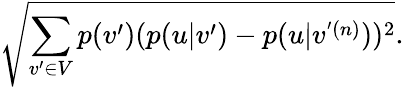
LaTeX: \sqrt{\sum_{v^{\prime}\in V}p(v^{\prime})(p(u|v^{\prime})-p(u|v^{'(n)}))^{2}}.